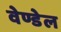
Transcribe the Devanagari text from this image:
वेण्डेल